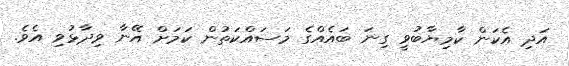
އަދި އެކަން ކާމިޔާބުވީ ގިނަ ބައެއްގެ މަސައްކަތުން ކަމަށް އޭނާ ވިދާޅުވި އެވެ.